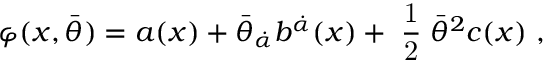
\varphi ( x , \bar { \theta } ) = a ( x ) + \bar { \theta } _ { \dot { \alpha } } b ^ { \dot { \alpha } } ( x ) + { \mathrm { \small { ~ \frac 1 2 ~ } } } \bar { \theta } ^ { 2 } c ( x ) \ ,